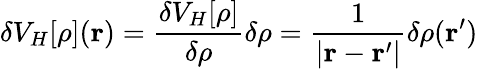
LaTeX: \delta V_{H}[\rho](\mathbf{r})={\frac{\delta V_{H}[\rho]}{\delta\rho}}\delta\rho={\frac{1}{|\mathbf{r}-\mathbf{r^{\prime}}|}}\delta\rho(\mathbf{r^{\prime}})